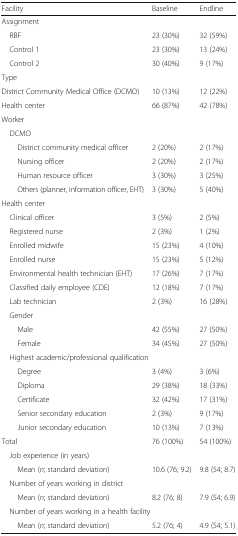
| Facility | Baseline | Endline |
 | --- | --- | --- |
 | <COLSPAN=3> Assignment |
 | RBF | 23 (30%) | 32 (59%) |
 | Control 1 | 23 (30%) | 13 (24%) |
 | Control 2 | 30 (40%) | 9 (17%) |
 | <COLSPAN=3> Type |
 | District Community Medical Office (DCMO) | 10 (13%) | 12 (22%) |
 | Health center | 66 (87%) | 42 (78%) |
 | <COLSPAN=3> Worker |
 | <COLSPAN=3> DCMO |
 | District community medical officer | 2 (20%) | 2 (17%) |
 | Nursing officer | 2 (20%) | 2 (17%) |
 | Human resource officer | 3 (30%) | 3 (25%) |
 | Others (planner, information officer, EHT) | 3 (30%) | 5 (40%) |
 | <COLSPAN=3> Health center |
 | Clinical officer | 3 (5%) | 2 (5%) |
 | Registered nurse | 2 (3%) | 1 (2%) |
 | Enrolled midwife | 15 (23%) | 4 (10%) |
 | Enrolled nurse | 15 (23%) | 5 (12%) |
 | Environmental health technician (EHT) | 17 (26%) | 7 (17%) |
 | Classified daily employee (CDE) | 12 (18%) | 7 (17%) |
 | Lab technician | 2 (3%) | 16 (28%) |
 | <COLSPAN=3> Gender |
 | Male | 42 (55%) | 27 (50%) |
 | Female | 34 (45%) | 27 (50%) |
 | <COLSPAN=3> Highest academic/professional qualification |
 | Degree | 3 (4%) | 3 (6%) |
 | Diploma | 29 (38%) | 18 (33%) |
 | Certificate | 32 (42%) | 17 (31%) |
 | Senior secondary education | 2 (3%) | 9 (17%) |
 | Junior secondary education | 10 (13%) | 7 (13%) |
 | Total | 76 (100%) | 54 (100%) |
 | <COLSPAN=3> Job experience (in years) |
 | Mean (n; standard deviation) | 10.6 (76; 9.2) | 9.8 (54; 8.7) |
 | <COLSPAN=3> Number of years working in district |
 | Mean (n; standard deviation) | 8.2 (76; 8) | 7.9 (54; 6.9) |
 | <COLSPAN=3> Number of years working in a health facility |
 | Mean (n; standard deviation) | 5.2 (76; 4) | 4.9 (54; 5.1) |